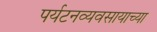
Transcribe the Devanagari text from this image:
पर्यटनव्यवसायाच्या